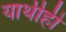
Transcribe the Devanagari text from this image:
यार्थीही